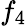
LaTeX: f_{4}